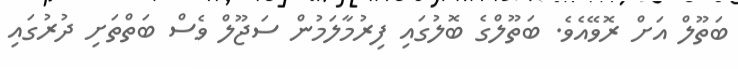
ބަތޫލް އަށް ރޮވޭއެވެ. ބަތޫލްގެ ބޮލުގައި ފިރުމާލަމުން ސަޖޫލް ވެސް ބަތްތަށި ދުރުގައި